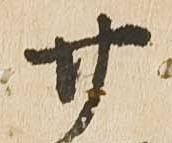
廿